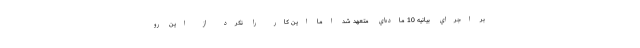
بر اجراي بيانيه 10 ماده‌اي متعهد شد اما اين كار را نكرد از اين رو